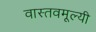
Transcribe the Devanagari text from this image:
वास्तवमूल्यी